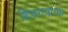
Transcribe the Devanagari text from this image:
शिवरायांच्या